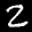
Label: 2